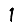
Digit: 1